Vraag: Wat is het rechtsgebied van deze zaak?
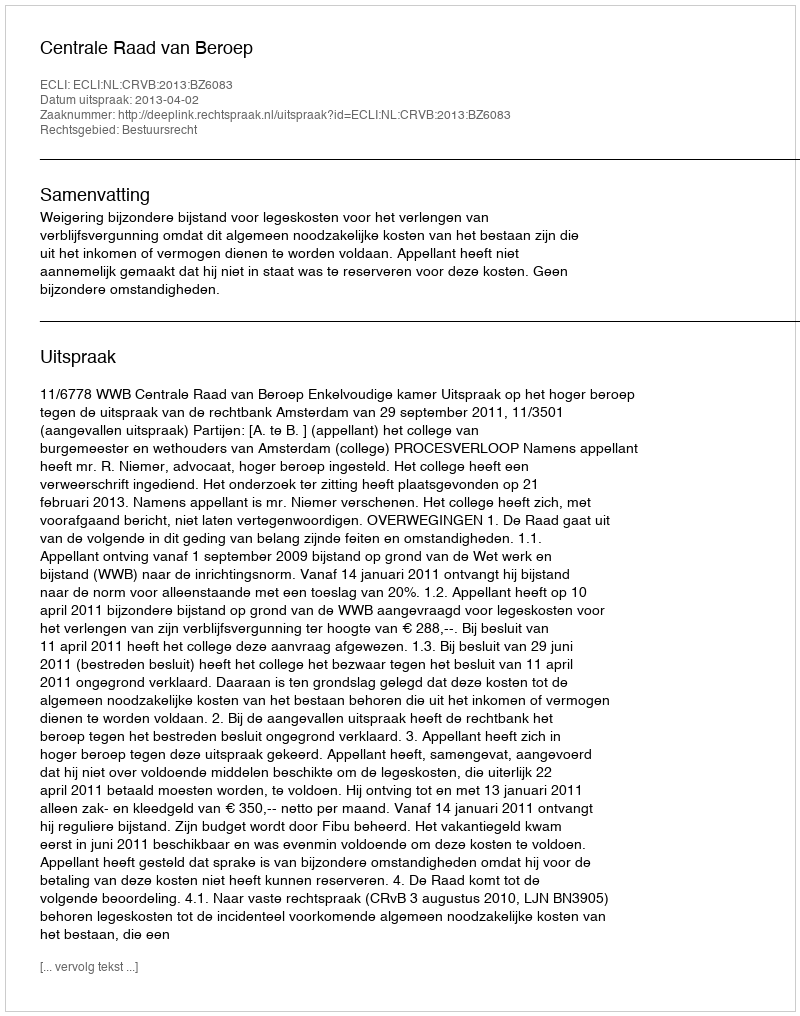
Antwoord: Bestuursrecht